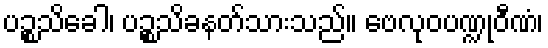
ပဉ္စသိခေါ၊ ပဉ္စသိခနတ်သားသည်။ ဗေလုဝပဏ္ဍုဝီဏံ၊